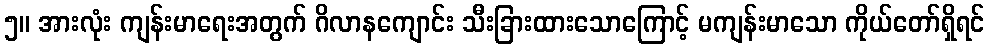
၅။ အားလုံး ကျန်းမာရေးအတွက် ဂိလာနကျောင်း သီးခြားထားသောကြောင့် မကျန်းမာသော ကိုယ်တော်ရှိရင်